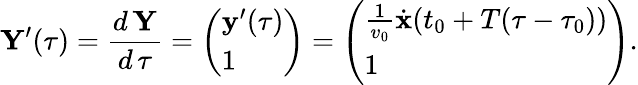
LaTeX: {\mathbf Y}^{\prime}(\tau)=\frac{d\, {\mathbf Y}}{d\, \tau}=\left(\begin{array}{l}{{\mathbf y}^{\prime}(\tau)}\\ {1}\end{array}\right)=\left(\begin{array}{l}{\frac{1}{v_{0}}\dot{{\mathbf x}}(t_{0}+T(\tau-\tau_{0}))}\\ {1}\end{array}\right).